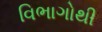
વિભાગોથી